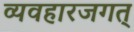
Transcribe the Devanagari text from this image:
व्यवहारजगत्‌